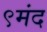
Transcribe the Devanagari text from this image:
९मंद